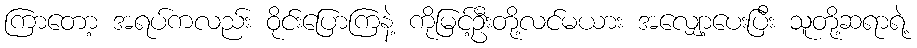
ကြာတော့ အရပ်ကလည်း ဝိုင်းပြောကြနဲ့ ကိုမြင့်ဦးတို့လင်မယား အလျှော့ပေးပြီး သူတို့ဆရာရဲ့